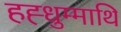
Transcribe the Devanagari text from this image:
हह्धुम्माथि